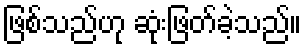
ဖြစ်သည်ဟု ဆုံးဖြတ်ခဲ့သည်။